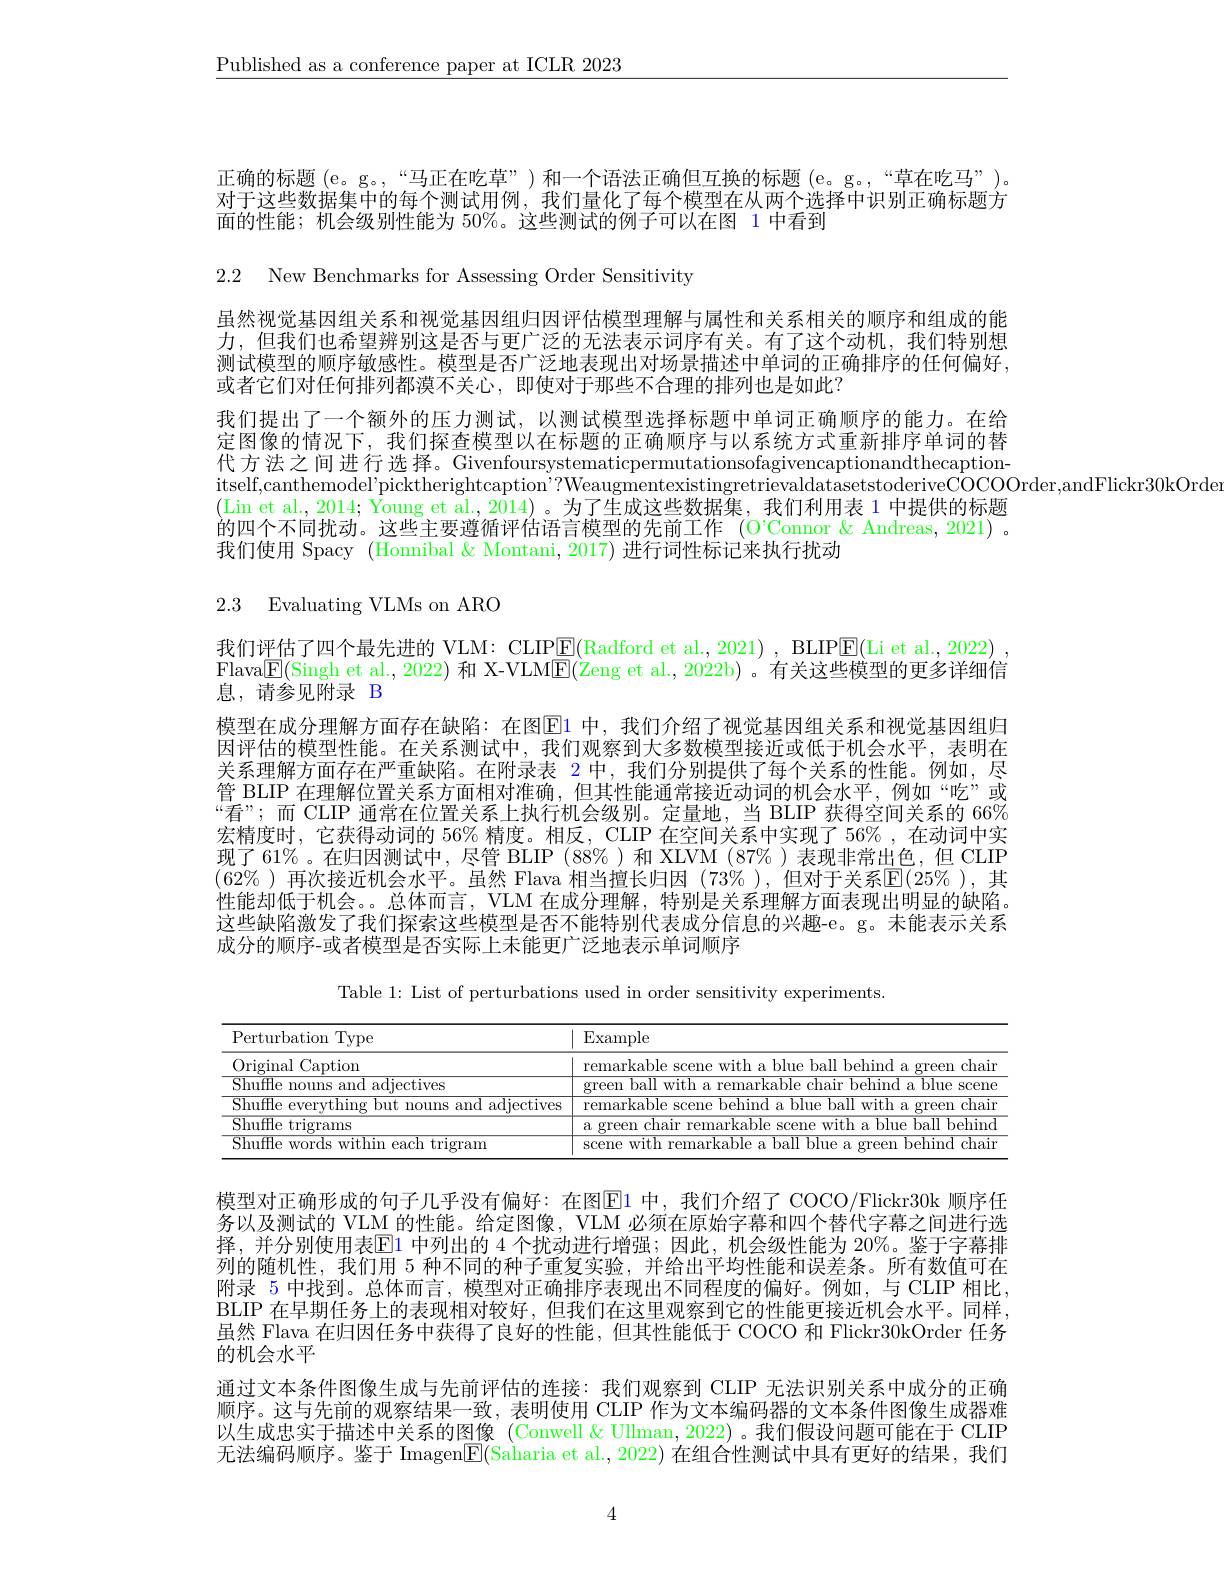
$\underline{\text{Published as a conference paper at ICLR 2023}}$

正确的标题 (e。g。,“马正在吃草”)和一个语法正确但互换的标题(e。g。,“草在吃马”)。对于这些数据集中的每个测试用例，我们量化了每个模型在从两个选择中识别正确标题方面的性能；机会级别性能为 50%。这些测试的例子可以在图 1 中看到

2.2 New Benchmarks for Assessing Order Sensitivity

虽然视觉基因组关系和视觉基因组归因评估模型理解与属性和关系相关的顺序和组成的能力，但我们也希望辨别这是否与更广泛的无法表示词序有关。有了这个动机，我们特别想测试模型的顺序敏感性。模型是否广泛地表现出对场景描述中单词的正确排序的任何偏好， 或者它们对任何排列都漠不关心，即使对于那些不合理的排列也是如此？
我们提出了一个额外的压力测试，以测试模型选择标题中单词正确顺序的能力。在给定图像的情况下，我们探查模型以在标题的正确顺序与以系统方式重新排序单词的替代方法之间进行选择。Givenfoursystematicpermutationsofagivencaptionandthecaption- $\begin{array}{c}\mathrm{itself,canthemodel'picktherightcaption'?}\\\mathrm{WeaugmentexistingretrievaldatasetstoderiveCOCOOrder,andFlickr30kOrde}\end{array}$
(Lin et al,2014; Young et al.,2014)。为了生成这些数据集，我们利用表1中提供的标题的四个不同扰动。这些主要遵循评估语言模型的先前工作 (O'Connor & Andreas, 2021) . 我们使用 Spacy (Honnibal & Montani, 2017) 进行词性标记来执行扰动

2.3 Evaluating VLMs on ARO

我们评估了四个最先进的 VLM: CLIP$\underline{\mathrm{E}}($Radford et al., 2021) , BLIPE(Li et al., 2022) , Flava$\boxed{\mathrm{E}}($Singh et al., 2022) 和 X-VLM$\boxed{\mathrm{E}}($Zeng et al., 2022b) 。有关这些模型的更多详细信息，请参见附录 B
模型在成分理解方面存在缺陷：在图$\overline{\mathrm{E}}$1 中，我们介绍了视觉基因组关系和视觉基因组归因评估的模型性能。在关系测试中，我们观察到大多数模型接近或低于机会水平，表明在关系理解方面存在严重缺陷。在附录表 2中，我们分别提供了每个关系的性能。例如，尽管 BLIP 在理解位置关系方面相对准确，但其性能通常接近动词的机会水平，例如“吃”或“看”;而 CLIP 通常在位置关系上执行机会级别。定量地，当 BLIP 获得空间关系的 66% 宏精度时，它获得动词的 56% 精度。相反，CLIP 在空间关系中实现了 56% ,在动词中实现了61%。在归因测试中，尽管 BLIP(88%)和 XLVM(87%)表现非常出色，但 CLIP $(62\%)$ 再次接近机会水平。虽然 Flava 相当擅长归因 $(73\%)$, 但对于关系$\mathbb{E}(25\%)$,其性能却低于机会。。总体而言，VLM 在成分理解，特别是关系理解方面表现出明显的缺陷。这些缺陷激发了我们探索这些模型是否不能特别代表成分信息的兴趣-e。g。未能表示关系成分的顺序-或者模型是否实际上未能更广泛地表示单词顺序

Table 1: List of perturbations used in order sensitivity experiments.

<table>
	<tbody>
		<tr>
			<th>Perturbation Type</th>
			<th>$\operatorname{Example}$</th>
		</tr>
		<tr>
			<td>Original Caption</td>
			<td>rema hair</td>
		</tr>
		<tr>
			<td>Shuffle adiectives amd</td>
			<td>hal With $rkah|\rho$ 1 chair hehind 1: $A$ a blue oreer scene</td>
		</tr>
		<tr>
			<td>Shuffle hint amm adiectives</td>
			<td> hall mrith chain remarkahle 2</td>
		</tr>
		<tr>
			<td>Shuffle t trigrams</td>
			<td>·kahle 11 , hall hehinc 3. witr A</td>
		</tr>
		<tr>
			<td>Shuffle parh trleram</td>
			<td>1 hall behind chain scene ramarlehla a</td>
		</tr>
	</tbody>
</table>

模型对正确形成的句子几乎没有偏好：在图回1 中，我们介绍了 COCO/Flickr30k 顺序任务以及测试的 VLM 的性能。给定图像，VLM 必须在原始字幕和四个替代字幕之间进行选择，并分别使用表$\overline{\mathrm{E}}1$ 中列出的 4 个扰动进行增强；因此，机会级性能为 20%。鉴于字幕排列的随机性，我们用 5 种不同的种子重复实验，并给出平均性能和误差条。所有数值可在附录 5 中找到。总体而言，模型对正确排序表现出不同程度的偏好。例如，与 CLIP 相比， BLIP 在早期任务上的表现相对较好，但我们在这里观察到它的性能更接近机会水平。同样， 虽然 Flava 在归因任务中获得了良好的性能，但其性能低于 COCO 和 Flickr30kOrder 任务的机会水平
通过文本条件图像生成与先前评估的连接：我们观察到 CLIP 无法识别关系中成分的正确顺序。这与先前的观察结果一致，表明使用 CLIP 作为文本编码器的文本条件图像生成器难以生成忠实于描述中关系的图像 (Conwell & Ullman, 2022) 。我们假设问题可能在于 CLIP 无法编码顺序。鉴于 Imagen$\boxed{\mathrm{F}}($Saharia et al., 2022) 在组合性测试中具有更好的结果，我们

4